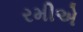
રમીએ